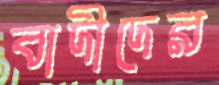
বাদীদের